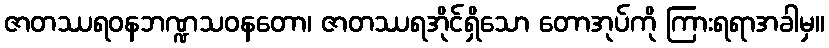
ဇာတဿရဝနဘဏ္ဍသဝနတော၊ ဇာတဿရအိုင်ရှိသော တောအုပ်ကို ကြားရရာအခါမှ။